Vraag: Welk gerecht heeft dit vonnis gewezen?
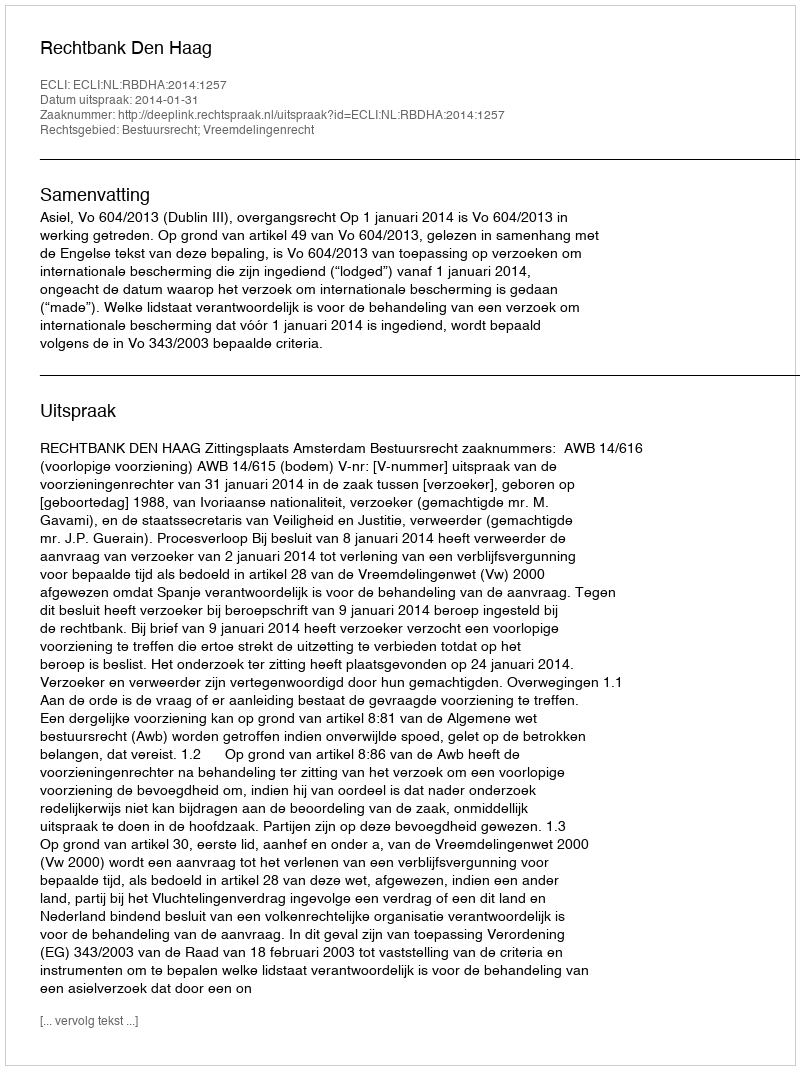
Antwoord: Rechtbank Den Haag